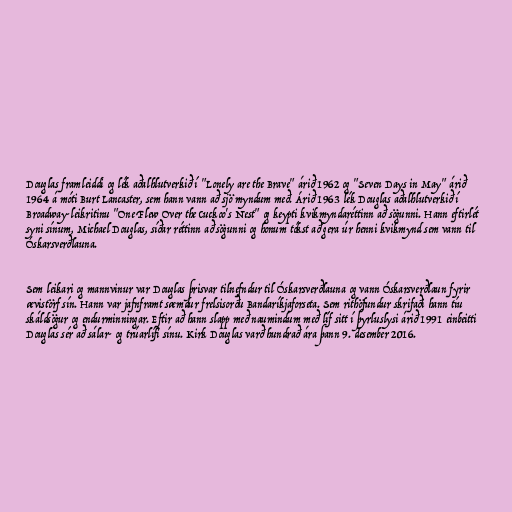
Douglas framleiddi og lék aðalhlutverkið í "Lonely are the Brave" árið 1962 og "Seven Days in May" árið
1964 á móti Burt Lancaster, sem hann vann að sjö myndum með. Árið 1963 lék Douglas aðalhlutverkið í
Broadway-leikritinu "One Flew Over the Cuckoo's Nest" og keypti kvikmyndaréttinn að sögunni. Hann eftirlét
syni sínum, Michael Douglas, síðar réttinn að sögunni og honum tókst að gera úr henni kvikmynd sem vann til
Óskarsverðlauna.

Sem leikari og mannvinur var Douglas þrisvar tilnefndur til Óskarsverðlauna og vann Óskarsverðlaun fyrir
ævistörf sín. Hann var jafnframt sæmdur frelsisorðu Bandaríkjaforseta. Sem rithöfundur skrifaði hann tíu
skáldsögur og endurminningar. Eftir að hann slapp með naumindum með líf sitt í þyrluslysi árið 1991 einbeitti
Douglas sér að sálar- og trúarlífi sínu. Kirk Douglas varð hundrað ára þann 9. desember 2016.